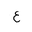
Letter: _ayn